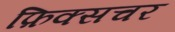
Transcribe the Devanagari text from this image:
फ़िक्सचर